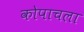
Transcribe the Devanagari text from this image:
कोपाचला